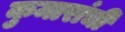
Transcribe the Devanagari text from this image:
कुमारांची